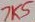
Text: 7K5